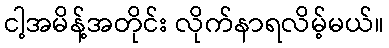
ငါ့အမိန့်အတိုင်း လိုက်နာရလိမ့်မယ်။